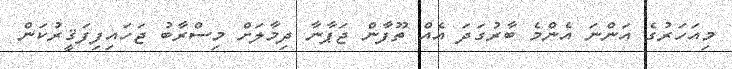
މިއަހަރުގެ އަންނަ އެންމެ ބާރުގަދަ އެއް ތޫފާން ޖަޕާނާ ދިމާލަށް މިސްރާބު ޖަހައިފިފަޤީރުކަން